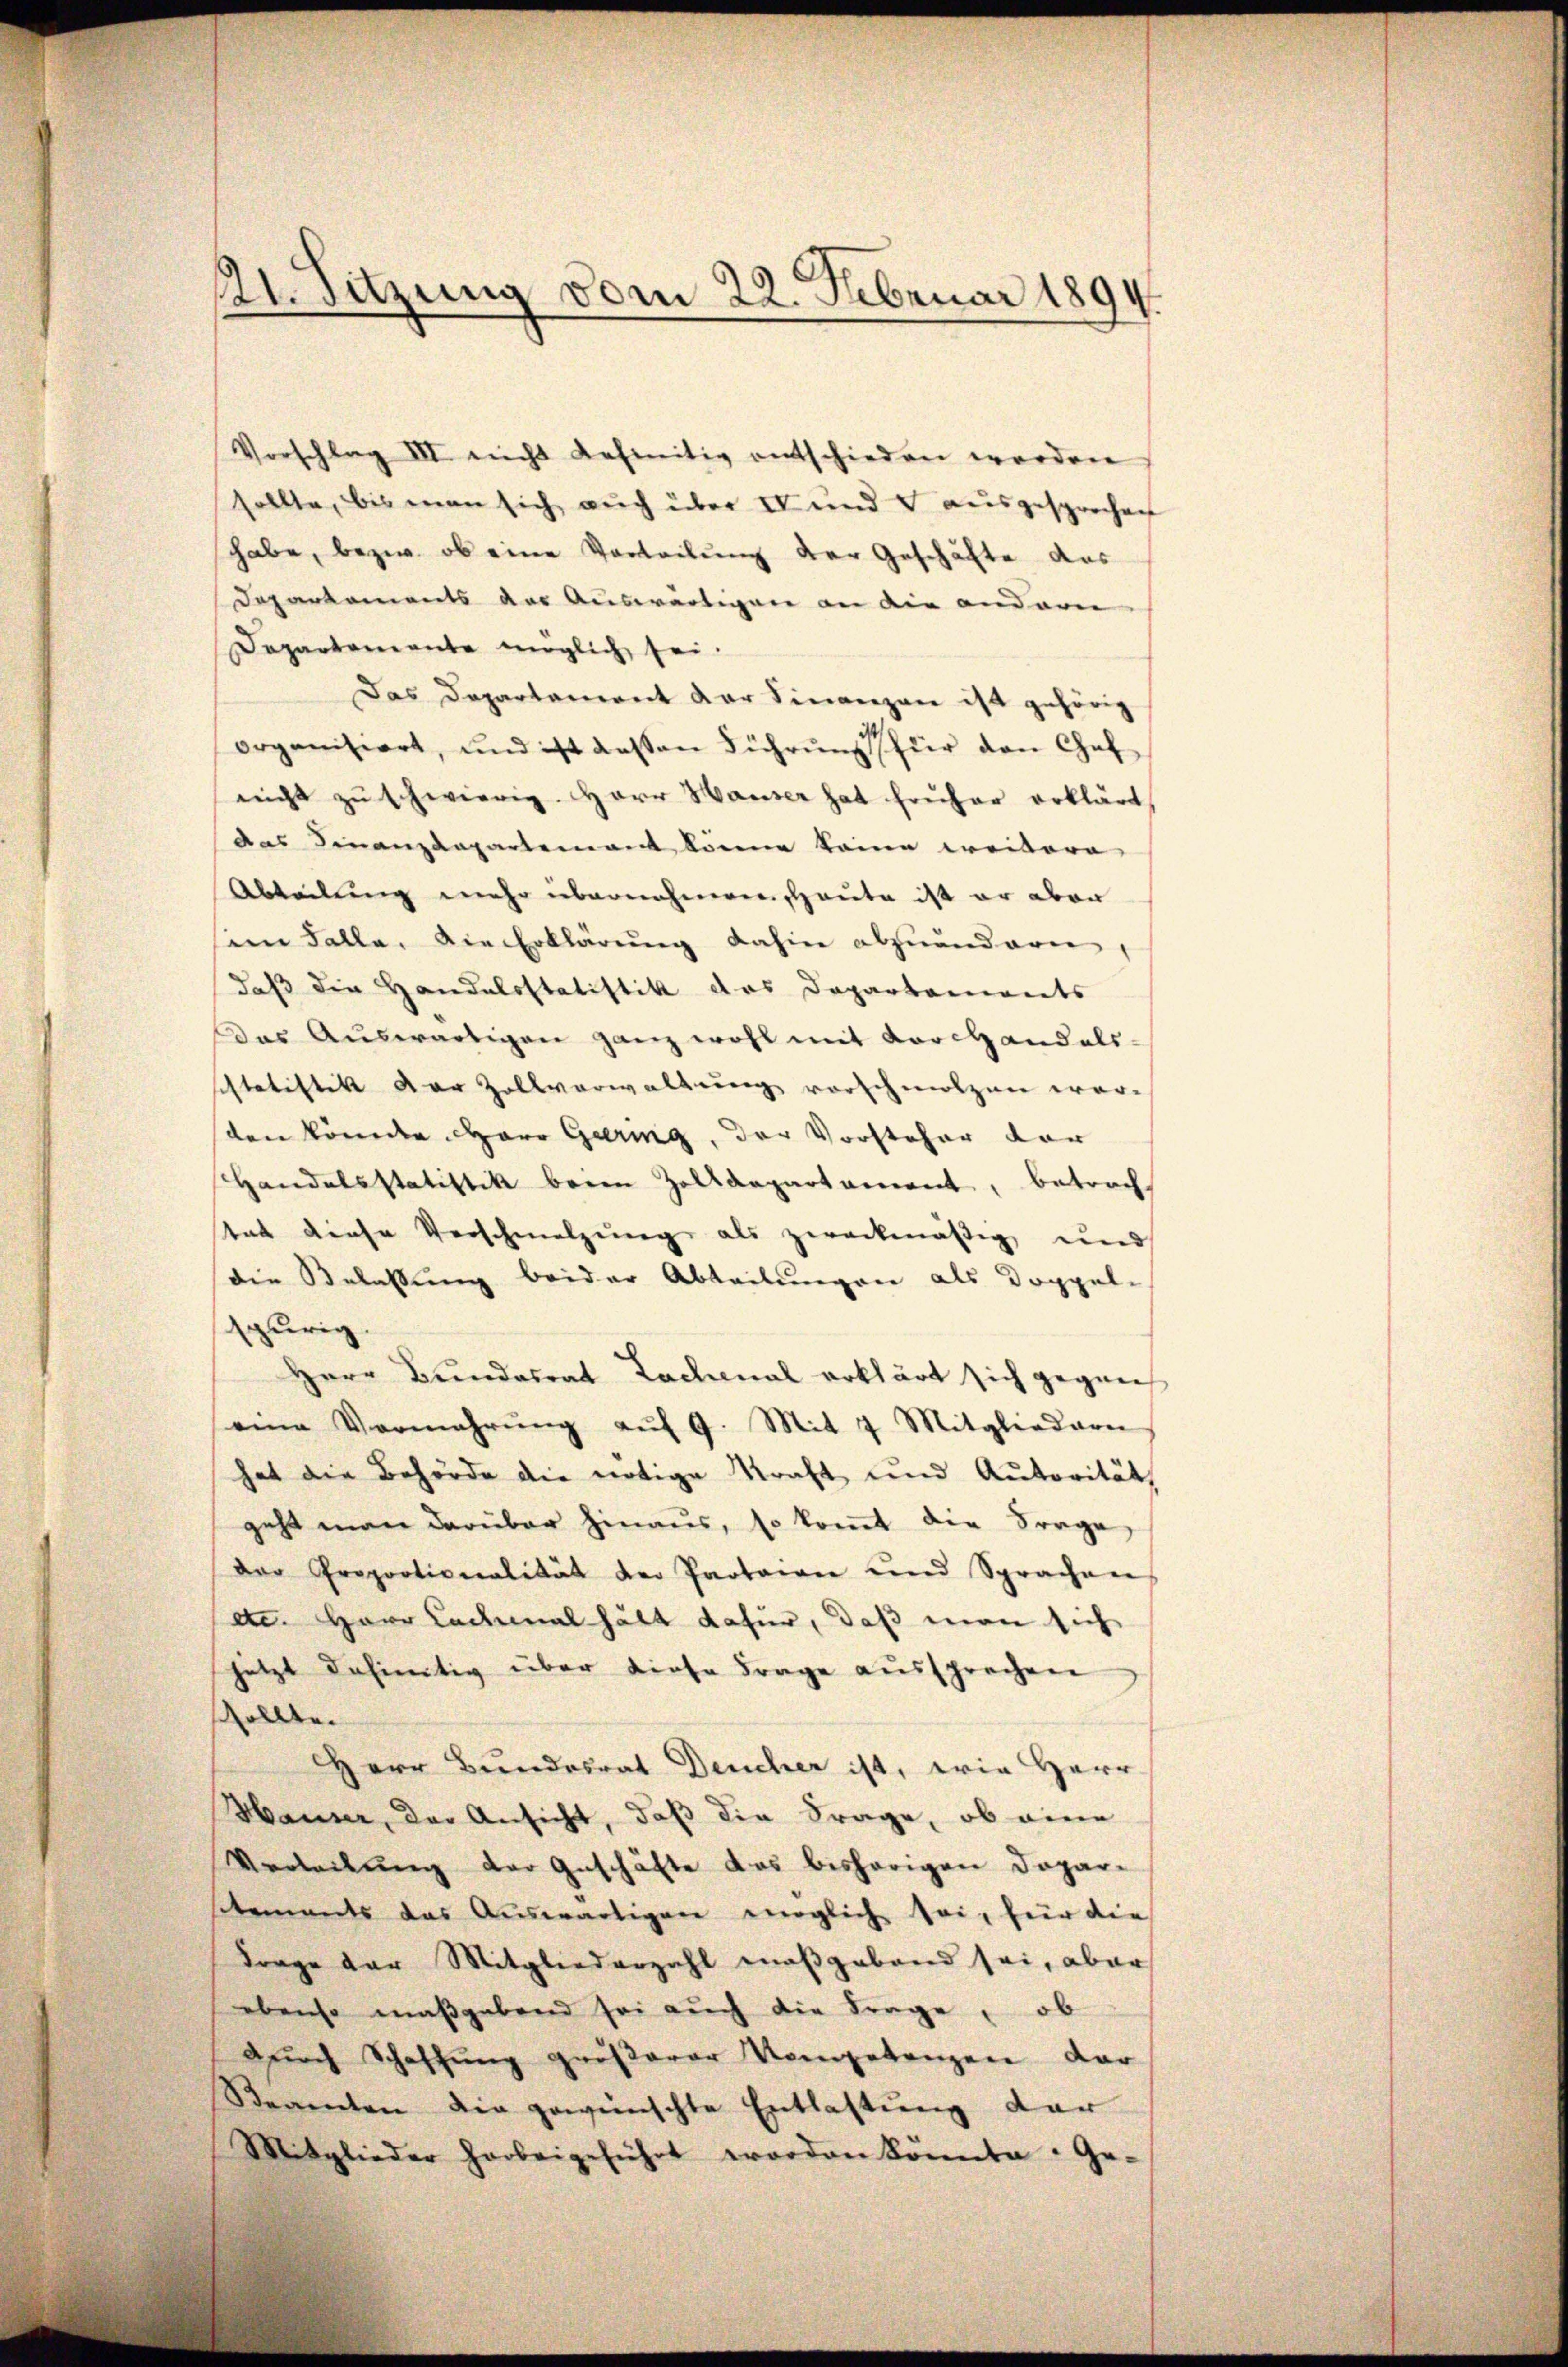
Vorschlag III nicht definitiv entschieden werden
sollte, bis man sich auch über IV und ausgesprochen
habe, bezw. ob eine Vorteilung der Geschäfte das
Departements der Auswärtigen an die andern
Departemente möglich sei.
Das Departament der Finanzen ist gehörig
organisiert, und ist dassen Führŭng für den Caf
nicht zŭ schwierig. Herr Hauser hat früher erklärt
das Finanzdepartement könne keine weitere
Abteilung mehr übernehmen Haute ist er aber
sein Falle. Die Erklärŭng dahin abzuändern,
daß die Handelsstatistik das Departaments
Das Auswärtigen ganz wohl mit Vorhandels-
schtatistik der Zollverwaltung vorschmolzen werden könnte Herr Gering, der Vorsteher der
Handelsstatistik beim Zolldepartament, betracht
tat diese Verschmelzung als zweckmäßig und
die Belassung beider Abteilungen als Doppel-
spurig.
Herr Bundesrat Lachenal erklärt sich gegen
eine Vermehrŭng aŭf 9. Mit 7 Mitgliedern
hat die Behörde die nötige Kraft und Autorität
geht man darüber hinaus, so kommt die Frage,
der Proportionalität der Paotaion und Sprachen
ec. Herr Ladenal hält dafür, daß man sich
letzt definitiv über diese Frage aussprechen
8
ssollte.
Herr Bundesrat Deucher ist, wie Herr
Hauser, der Ansicht, daß die Frage, ob eine
Verleitung der Geschäfte das bisherigen Dopar-
sitements das Auswärtigen möglich sei, für die
Frage der Mitgliederzahl maßgebend sei, aber
ebenso maβgabend sei aŭch die Frage, ob
Dŭrch Schaffung größerer Vorgetanzen dar
Serenten die gewünschte Entlastung der
Mitglieder harbeigeführt worden könnte. Ge-

121. Sitzung vom 22. Februar 1894.